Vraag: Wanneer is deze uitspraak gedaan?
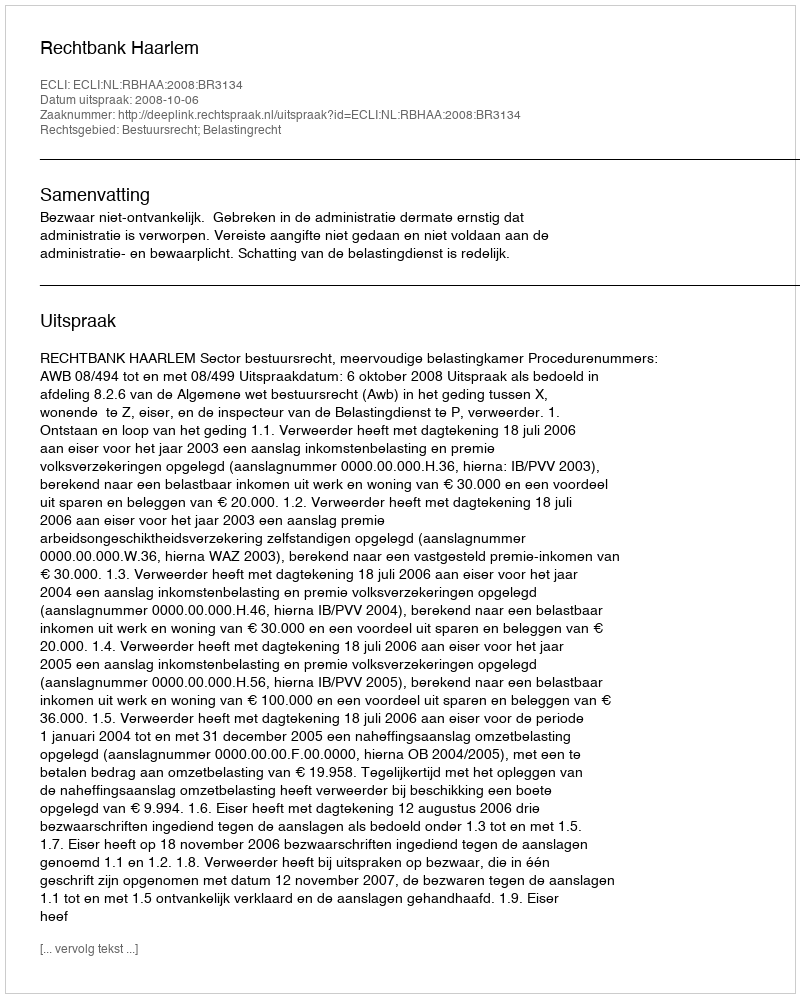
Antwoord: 2008-10-06